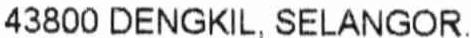
43800 DENGKIL, SELANGOR.